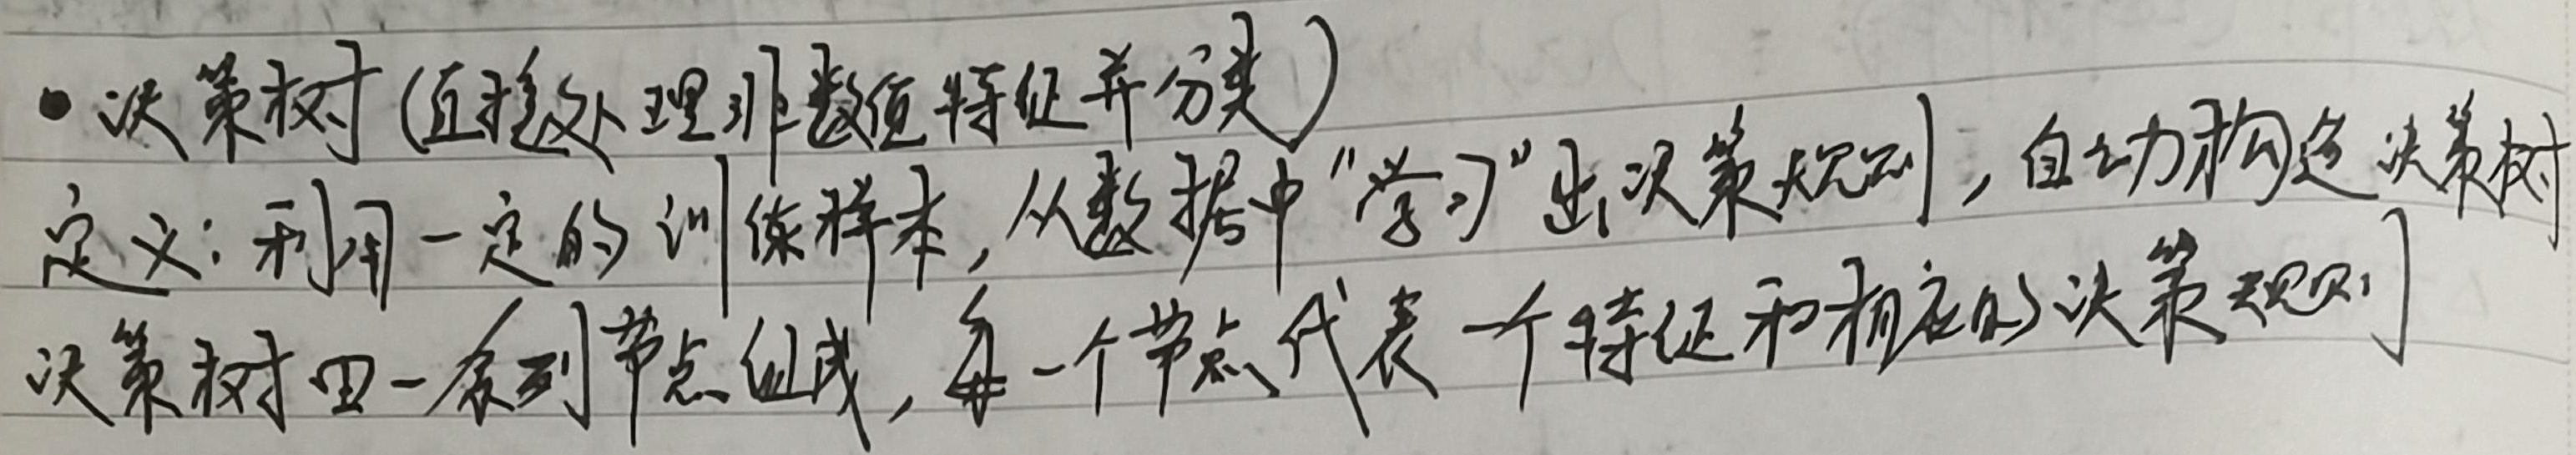
- 决策树 (直接处理非数值特征并分类)
定义：利用一定的训练样本，从数据中“学习”出决策规则，自动构造决策树。决策树由一系列节点组成，每一个节点代表一个特征和相应的决策规则